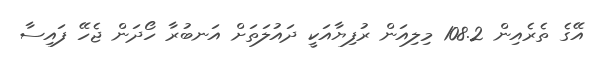
އޭގެ ތެރެއިން 108.2 މިލިއަން ރުފިޔާއަކީ ދައުލަތަށް އަނބުރާ ހޯދަން ޖެހޭ ފައިސާ